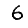
Digit: 6